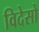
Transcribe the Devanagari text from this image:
विदेसो